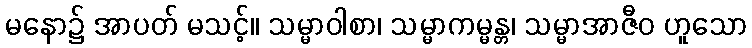
မနော၌ အာပတ် မသင့်။ သမ္မာဝါစာ၊ သမ္မာကမ္မန္တ၊ သမ္မာအာဇီဝ ဟူသော